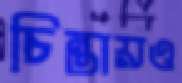
চিন্তায়ও